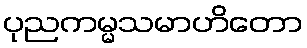
ပုညကမ္မသမာဟိတော